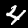
Label: 4